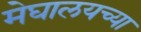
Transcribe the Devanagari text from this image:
मेघालयच्या